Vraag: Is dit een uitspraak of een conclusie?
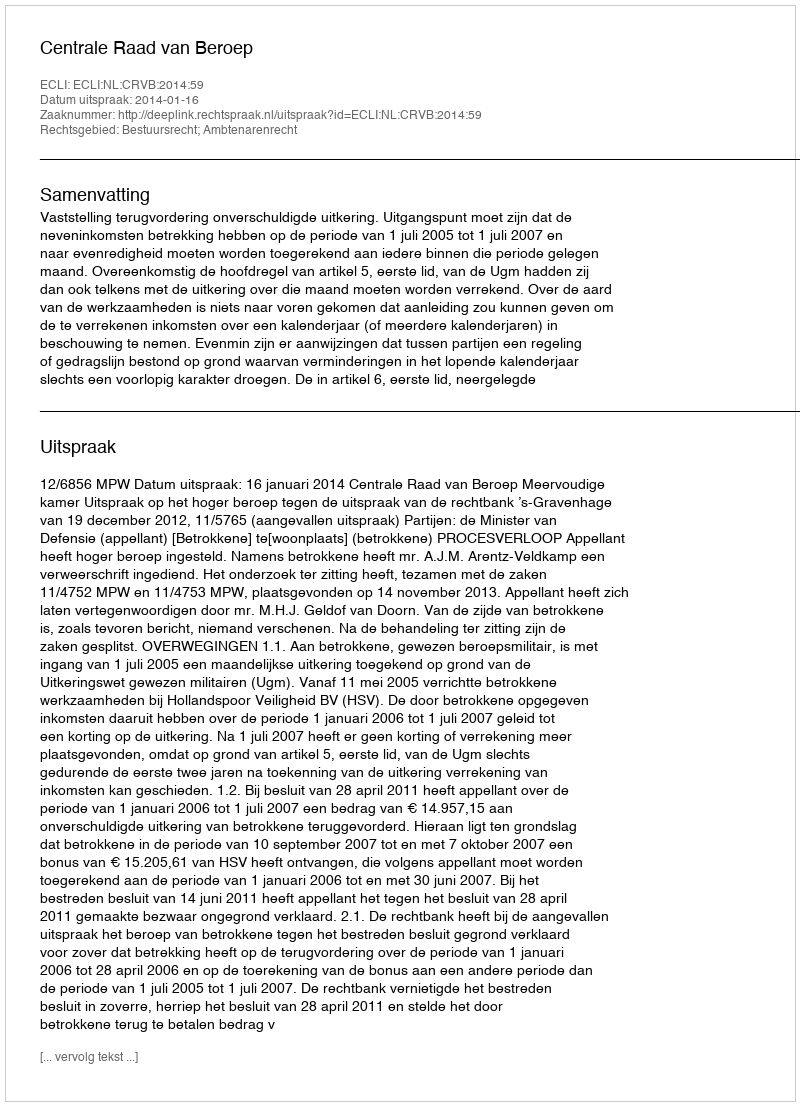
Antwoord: Uitspraak